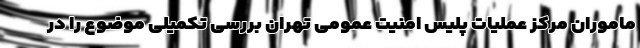
ماموران مرکز عملیات پلیس امنیت عمومی تهران بررسی تکمیلی موضوع را در